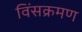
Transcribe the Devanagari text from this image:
विंसक्रमण